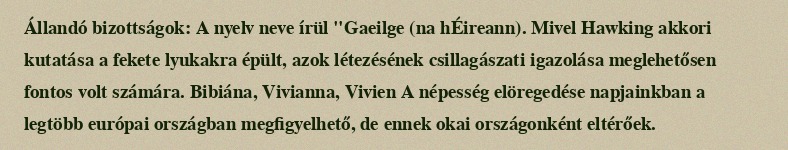
Állandó bizottságok: A nyelv neve írül "Gaeilge (na hÉireann). Mivel Hawking akkori kutatása a fekete lyukakra épült, azok létezésének csillagászati igazolása meglehetősen fontos volt számára. Bibiána, Vivianna, Vivien A népesség elöregedése napjainkban a legtöbb európai országban megfigyelhető, de ennek okai országonként eltérőek.